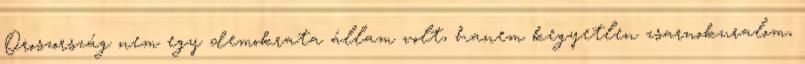
Oroszország nem egy demokrata állam volt, hanem kegyetlen zsarnokuralom,